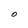
Character: O